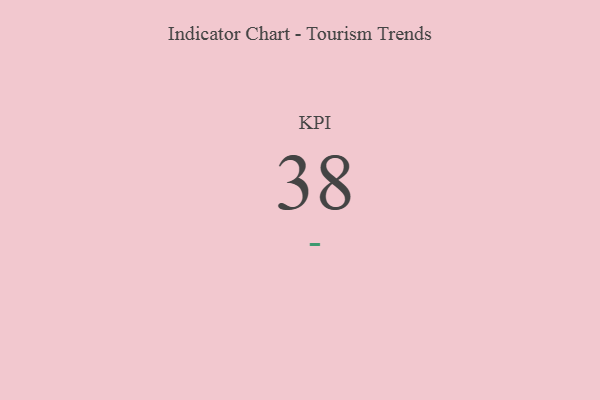
{"axis": {"x": "KPI", "y": "Value"}, "legend": [""], "data": [{"x": "KPI", "y": 38, "type": ""}]}